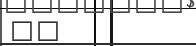
٦٢